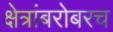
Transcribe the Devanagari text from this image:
क्षेत्रांबरोबरच